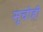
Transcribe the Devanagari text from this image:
सूचीही